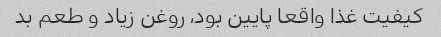
کیفیت غذا واقعا پایین بود، روغن زیاد و طعم بد